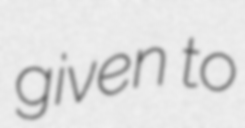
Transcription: given to